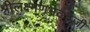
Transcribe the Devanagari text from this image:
श्रीलक्ष्मणभट्टजी